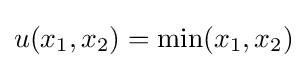
u(x_{1},x_{2})=\min(x_{1},x_{2})